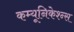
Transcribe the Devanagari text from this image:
कम्यूनिकेश्न्स